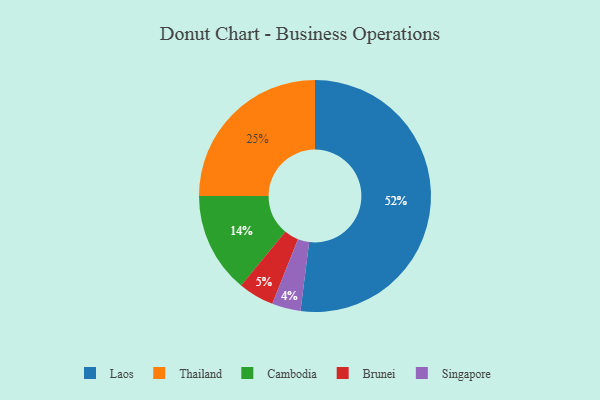
{"axis": {"x": "Category", "y": "Percentage"}, "legend": ["Brunei", "Cambodia", "Laos", "Singapore", "Thailand"], "data": [{"x": "Singapore", "y": 4, "type": "Singapore"}, {"x": "Laos", "y": 52, "type": "Laos"}, {"x": "Brunei", "y": 5, "type": "Brunei"}, {"x": "Thailand", "y": 25, "type": "Thailand"}, {"x": "Cambodia", "y": 14, "type": "Cambodia"}]}